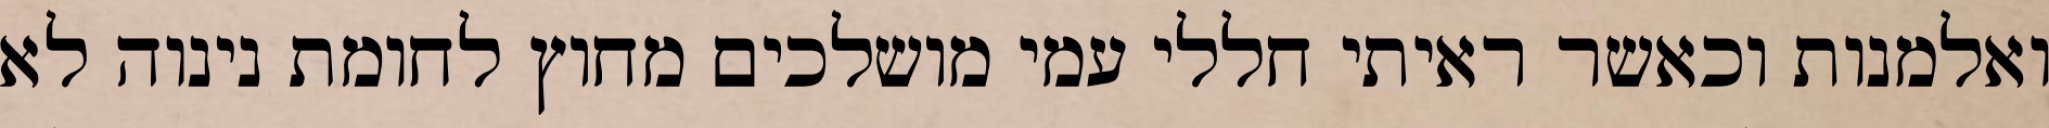
ואלמנות וכאשר ראיתי חללי עמי מושלכים מחוץ לחומת נינוה לא